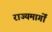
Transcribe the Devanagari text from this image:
राज्यमार्गों